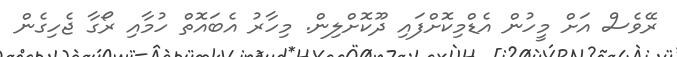
ރޭވެސް އަށް މީހުން އެޑްމިކޮށްފައި ދޫކޮށްލިން. މިހާރު އެބައޮތް ހުމާއި ރޯގާ ޖެހިގެން